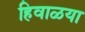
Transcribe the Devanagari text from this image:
हिवाळया